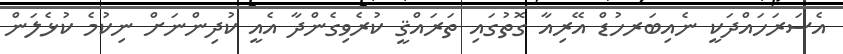
އެސަރަހައްދަކީ ނެއިބަރހުޑް އޭރިއާ ގޮތުގައި ތަރައްޤީ ކުރެވިގެންދާ އެއީ ކުދިންނަށް ނިކުމެ ކުޅެލަން